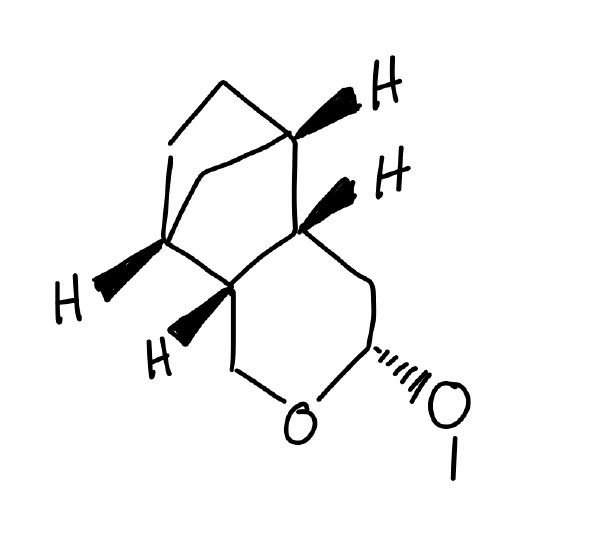
Simplified molecular-input line-entry system (SMILES) notation of the given molecule:
CO[C@H]1C[C@H]2[C@H]3CC[C@H](C3)[C@H]2CO1